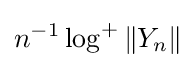
n^{-1}\log ^{+}\|Y_{n}\|